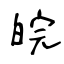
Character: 皖